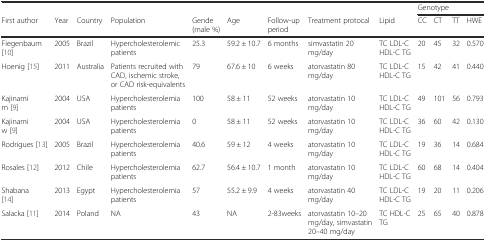
|  |  |  |  |  |  |  |  |  | <COLSPAN=4> Genotype |
 | First author | Year | Country | Population | Gende (male %) | Age | Follow-up period | Treatment protocal | Lipid | CC | CT | TT | HWE |
 | --- | --- | --- | --- | --- | --- | --- | --- | --- | --- | --- | --- | --- |
 | Fiegenbaum [10] | 2005 | Brazil | Hypercholesterolemic patients | 25.3 | 59.2 ± 10.7 | 6 months | simvastatin 20 mg/day | TC LDL-C HDL-C TG | 20 | 45 | 32 | 0.570 |
 | Hoenig [15] | 2011 | Australia | Patients recruited with CAD, ischemic stroke, or CAD risk-equivalents | 79 | 67.6 ± 10 | 6 weeks | atorvastatin 80 mg/day | TC LDL-C HDL-C TG | 15 | 42 | 41 | 0.440 |
 | Kajinami m [9] | 2004 | USA | Hypercholesterolemia patients | 100 | 58 ± 11 | 52 weeks | atorvastatin 10 mg/day | TC LDL-C HDL-C TG | 49 | 101 | 56 | 0.793 |
 | Kajinami w [9] | 2004 | USA | Hypercholesterolemia patients | 0 | 58 ± 11 | 52 weeks | atorvastatin 10 mg/day | TC LDL-C HDL-C TG | 36 | 60 | 42 | 0.130 |
 | Rodrigues [13] | 2005 | Brazil | Hypercholesterolemia patients | 40.6 | 59 ± 12 | 4 weeks | atorvastatin 10 mg/day | TC LDL-C HDL-C TG | 19 | 36 | 14 | 0.684 |
 | Rosales [12] | 2012 | Chile | Hypercholesterolemia patients | 62.7 | 56.4 ± 10.7 | 1 month | atorvastatin 10 mg/day | TC LDL-C HDL-C TG | 60 | 68 | 14 | 0.404 |
 | Shabana [14] | 2013 | Egypt | Hypercholesterolemia patients | 57 | 55.2 ± 9.9 | 4 weeks | atorvastatin 40 mg/day | TC LDL-C HDL-C TG | 19 | 20 | 11 | 0.206 |
 | Salacka [11] | 2014 | Poland | NA | 43 | NA | 2-83weeks | atorvastatin 10–20 mg/day, simvastatin 20–40 mg/day | TC HDL-C TG | 25 | 65 | 40 | 0.878 |